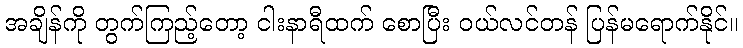
အချိန်ကို တွက်ကြည့်တော့ ငါးနာရီထက် စောပြီး ဝယ်လင်တန် ပြန်မရောက်နိုင်။